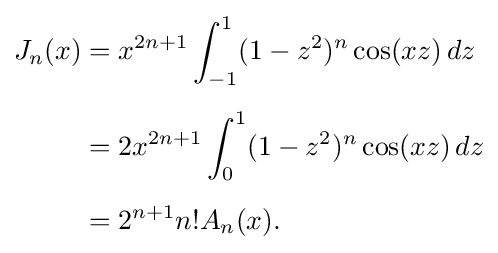
{\begin{aligned}J_{n}(x)&=x^{2n+1}\int _{-1}^{1}(1-z^{2})^{n}\cos(xz)\,dz\\[5pt]&=2x^{2n+1}\int _{0}^{1}(1-z^{2})^{n}\cos(xz)\,dz\\[5pt]&=2^{n+1}n!A_{n}(x).\end{aligned}}